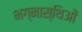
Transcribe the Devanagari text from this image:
भग्नास्थिओं